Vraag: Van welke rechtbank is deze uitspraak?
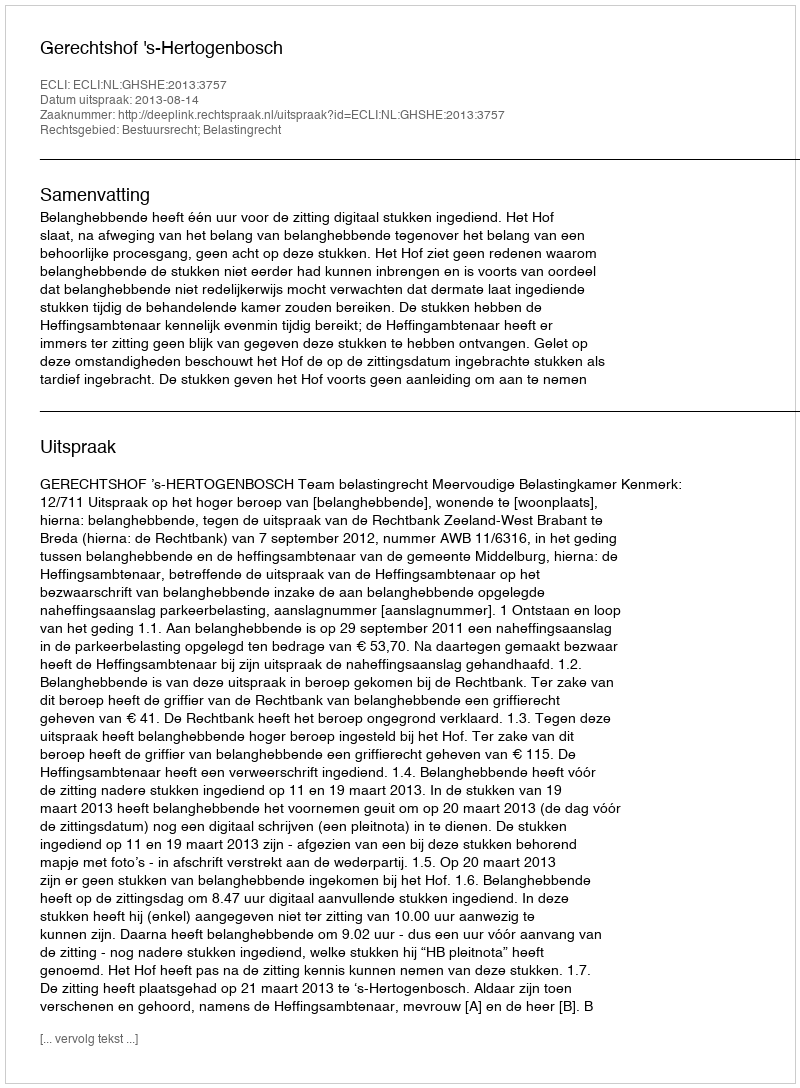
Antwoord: Gerechtshof 's-Hertogenbosch